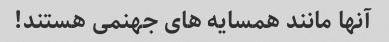
آنها مانند همسایه های جهنمی هستند!